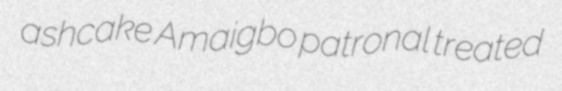
ashcake Amaigbo patronal treated